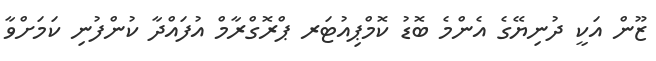
ޒޫން އަކީ ދުނިޔޭގެ އެންމެ ބޮޑު ކޮމްޕިއުޓަރ ޕްރޮގްރާމް އުފައްދާ ކުންފުނި ކަމަށްވާ